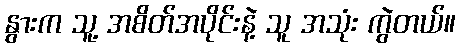
နွားက သူ့ အစိတ်အပိုင်းနဲ့ သူ အသုံး ကွဲတယ်။